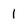
Character: 1